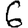
Digit: 6